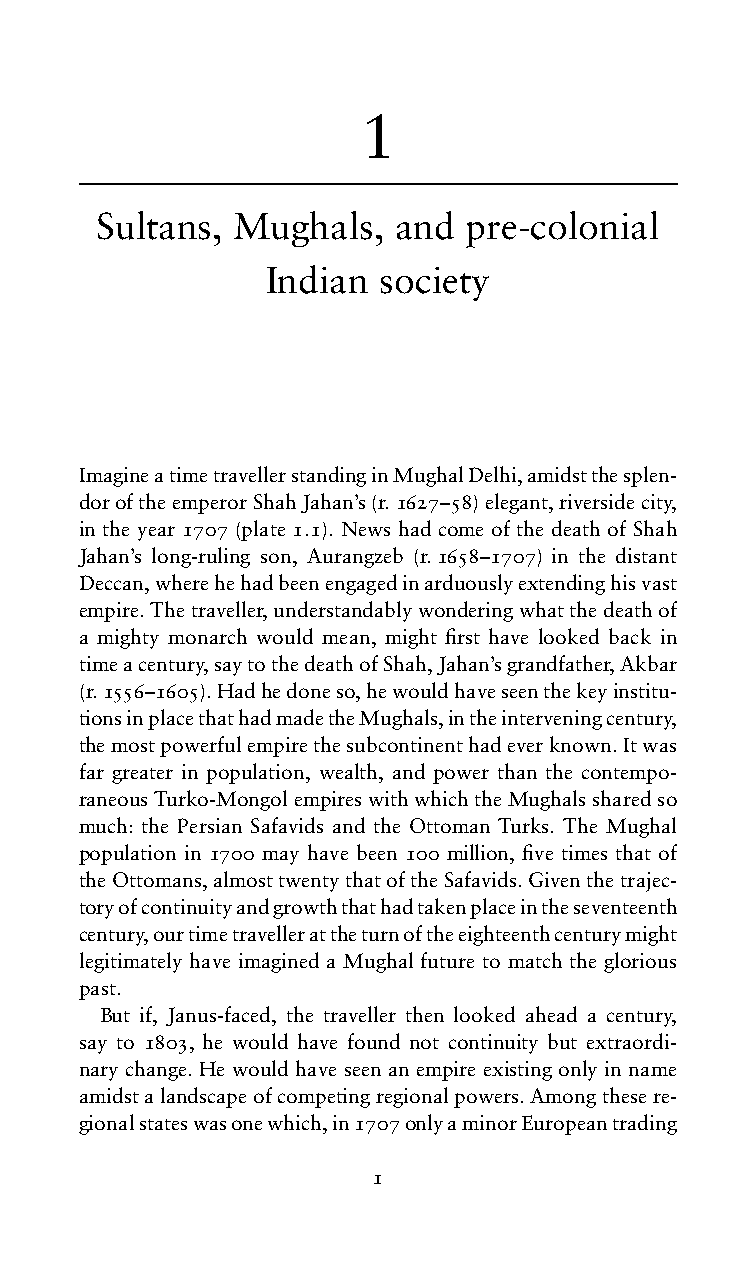
1
 Sultans, Mughals,  and  pre-colonial
 Indian society
 ImagineatimetravellerstandinginMughalDelhi,amidstthesplen-
 doroftheemperorShahJahan’s(r.1627–58)elegant,riversidecity,
 in the year 1707 (plate 1.1). News had come of the death of Shah
 Jahan’s long-ruling son, Aurangzeb (r.1658–1707) in the distant
 Deccan,wherehehadbeenengagedinarduouslyextendinghisvast
 empire.Thetraveller,understandablywonderingwhatthedeathof
 a mighty monarch would mean, might first have looked back in
 timeacentury,saytothedeathofShah,Jahan’sgrandfather,Akbar
 (r.1556–1605).Hadhedoneso,hewouldhaveseenthekeyinstitu-
 tionsinplacethathadmadetheMughals,intheinterveningcentury,
 themostpowerfulempirethesubcontinenthadeverknown.Itwas
 far greater in population, wealth, and power than the contempo-
 raneousTurko-MongolempireswithwhichtheMughalssharedso
 much: the Persian Safavids and the Ottoman Turks. The Mughal
 population in 1700 may have been 100 million, five times that of
 theOttomans,almosttwentythatoftheSafavids.Giventhetrajec-
 toryofcontinuityandgrowththathadtakenplaceintheseventeenth
 century,ourtimetravellerattheturnoftheeighteenthcenturymight
 legitimately have imagined a Mughal future to match the glorious
 past.
 But if, Janus-faced, the traveller then looked ahead a century,
 say to 1803, he would have found not continuity but extraordi-
 nary change. He would have seen an empire existing only in name
 amidstalandscapeofcompetingregionalpowers.Amongthesere-
 gionalstateswasonewhich,in1707onlyaminorEuropeantrading
 1